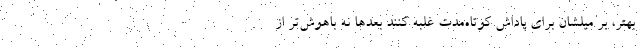
بهتر، بر میلشان برای پاداش کوتاه‌مدت غلبه کنند بعدها نه باهوش‌تر از